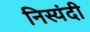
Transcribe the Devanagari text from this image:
निस्यंदी